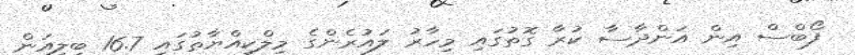
ފޯބްސް އިން އަންދާސާ ކުރާ ގޮތުގައި މިހާރު ލައުރެންގެ މިލްކިއްޔާތުގައި 16.7 ބިލިއަން